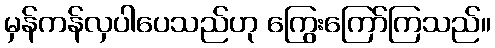
မှန်ကန်လှပါပေသည်ဟု ကြွေးကြော်ကြသည်။